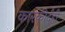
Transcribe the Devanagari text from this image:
कारकीर्दही